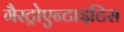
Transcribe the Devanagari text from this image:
गैस्ट्रोएन्टाइटिस